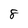
Character: 8